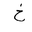
Letter: _kha